Lunatic asylums Punjab 1895-1910 - 1895-1910
Year: 1895
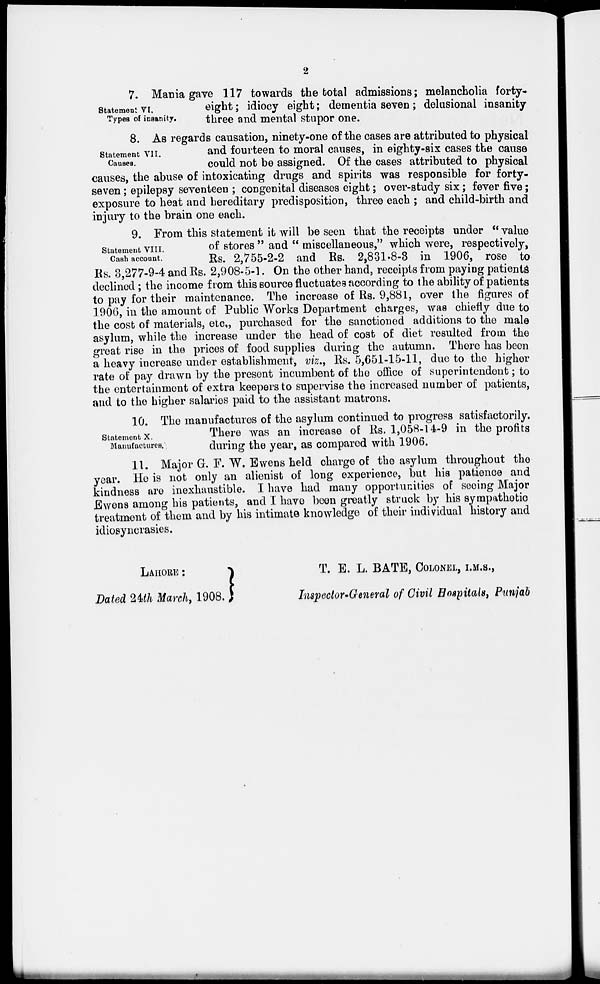
2
Statement VI.
Types of insanity.
7. Mania gave 117 towards the total admissions; melancholia forty-
eight ; idiocy eight; dementia seven; delusional insanity
three and mental stupor one.
Statement VII.
Causes.
8. As regards causation, ninety-one of the cases are attributed to physical
and fourteen to moral causes, in eighty-six cases the cause
could not be assigned. Of the cases attributed to physical
causes, the abuse of intoxicating drugs and spirits was responsible for forty-
seven ; epilepsy seventeen ; congenital diseases eight; over-study six ; fever five ;
exposure to heat and hereditary predisposition, three each ; and child-birth and
injury to the brain one each.
Statement VIII.
Cash account.
9. From this statement it will be seen that the receipts under " value
of stores " and " miscellaneous," which were, respectively,
Rs. 2,755-2-2 and Rs. 2,831-8-3 in 1906, rose to
Rs. 3,277-9-4 and Rs. 2,908-5-1. On the other hand, receipts from paying patients
declined ; the income from this source fluctuates according to the ability of patients
to pay for their maintenance. The increase of Rs. 9,881, over the figures of
1906, in the amount of Public Works Department charges, was chiefly due to
the cost of materials, etc., purchased for the sanctioned additions to the male
asylum, while the increase under the head of cost of diet resulted from the
great rise in the prices of food supplies during the autumn. There has been
a heavy increase under establishment, viz., Rs. 5,651-15-11, due to the higher
rate of pay drawn by the present incumbent of the office of superintendent; to
the entertainment of extra keepers to supervise the increased number of patients,
and to the higher salaries paid to the assistant matrons.
Statement X.
Manufactures.
10. The manufactures of the asylum continued to progress satisfactorily.
There was an increase of Rs. 1,058-14-9 in the profits
during the year, as compared with 1906.
11. Major G. F. W. Ewens held charge of the asylum throughout the
year. He is not only an alienist of long experience, but his patience and
kindness are inexhaustible. I have had many opportunities of seeing Major
Ewens among his patients, and I have been greatly struck by his sympathetic
treatment of them and by his intimate knowledge of their individual history and
idiosyncrasies.
LAHORE :
Dated 24th March, 1908.
T. E. L. BATE, COLONEL, I.M.S.,
Inspector-General of Civil Hospitals, Punjab